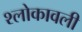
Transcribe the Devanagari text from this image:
श्लोकावली